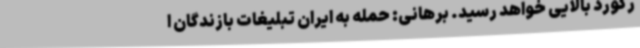
رکورد بالایی خواهد رسید. برهانی: حمله به ایران تبلیغات بازندگان ا